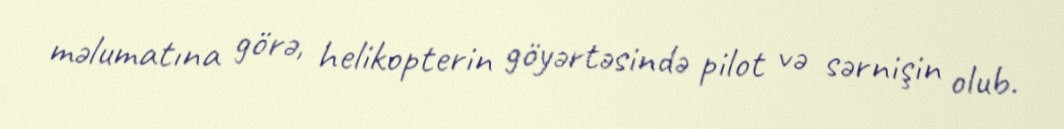
məlumatına görə, helikopterin göyərtəsində pilot və sərnişin olub.